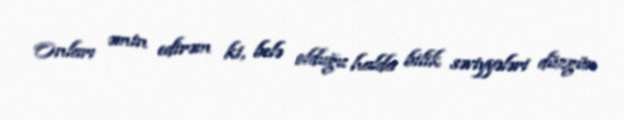
Onları əmin edirəm ki, belə olduğu halda bilik səviyyələri düzgün